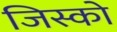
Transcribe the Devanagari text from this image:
जिस्को